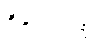
ဝိက္ကေတဗ္ဗံ